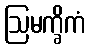
ဩမက္ခိကံ